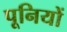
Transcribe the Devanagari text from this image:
पूनियों